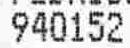
940152